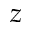
z